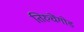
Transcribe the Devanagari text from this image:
तिरुचेंगोड